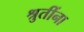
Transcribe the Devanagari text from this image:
श्रुतींना